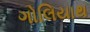
ગોલિયાથ